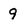
Character: 9